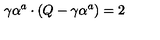
\gamma \alpha ^ { a } \cdot ( Q - \gamma \alpha ^ { a } ) = 2 \qquad